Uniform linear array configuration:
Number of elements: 32
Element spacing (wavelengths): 0.25
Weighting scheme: exponential
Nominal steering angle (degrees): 30
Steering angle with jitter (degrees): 30.584
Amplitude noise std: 0.05
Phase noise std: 0.05

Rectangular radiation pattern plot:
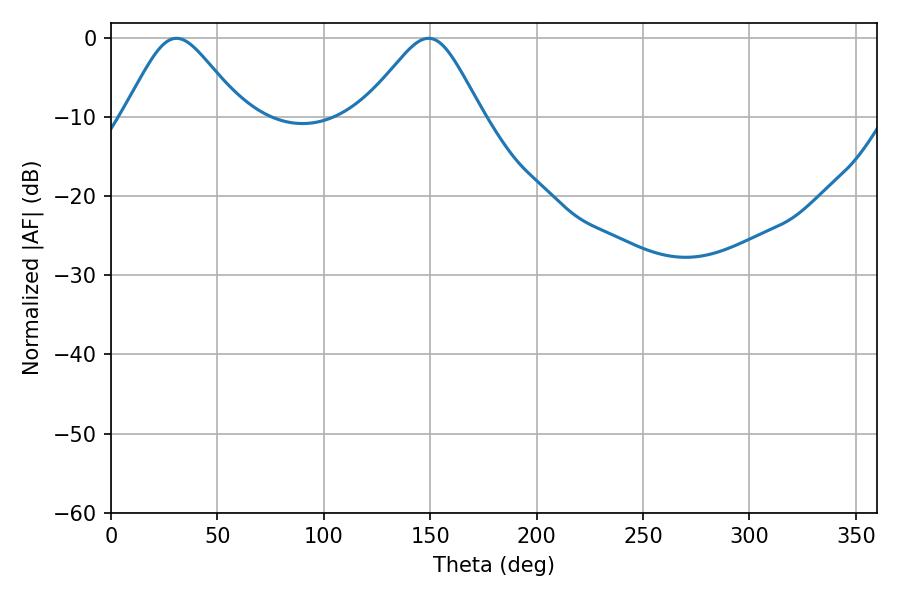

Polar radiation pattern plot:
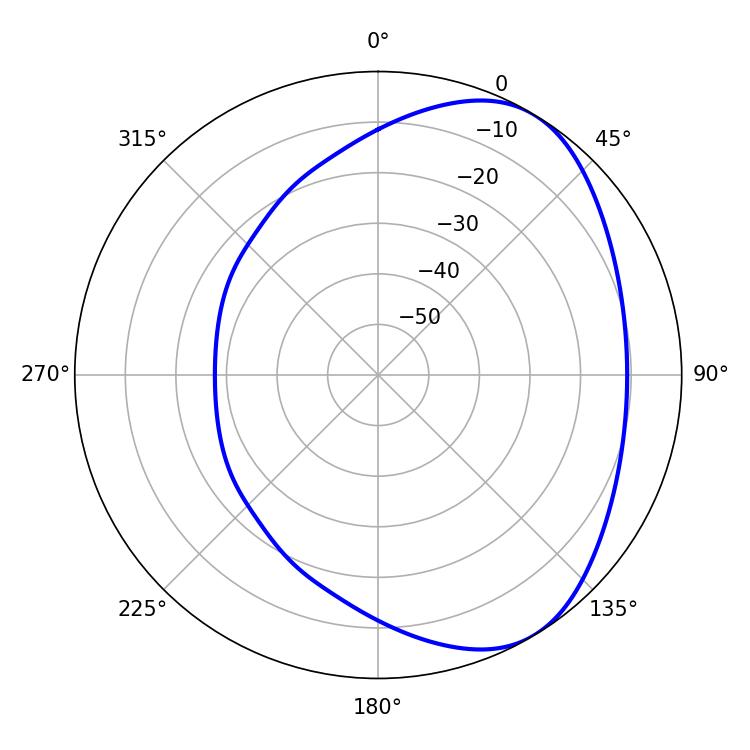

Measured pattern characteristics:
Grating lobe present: FALSE
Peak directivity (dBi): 4.874
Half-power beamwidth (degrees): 27.18
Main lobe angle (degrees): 30.78